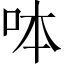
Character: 呠